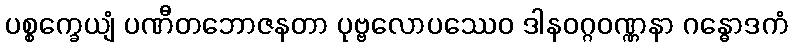
ပစ္စက္ခေယျံ ပဏီတဘောဇနတာ ပုဗ္ဗလောပဿေဝ ဒါနဝဂ္ဂဝဏ္ဏနာ ဂန္ဓောဒကံ